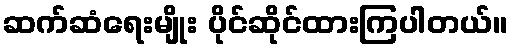
ဆက်ဆံရေးမျိုး ပိုင်ဆိုင်ထားကြပါတယ်။